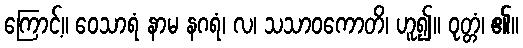
ကြောင့်။ ဝေသာရံ နာမ နဂရံ၊ လ၊ သသာဝကောတိ၊ ဟူ၍။ ဝုတ္တံ၊ ၏။